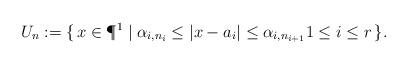
LaTeX: \begin{align*} U_n:= \lbrace \, x \in \P^1 \mid \alpha_{i, n_i} \leq \lvert x-a_i \rvert \leq \alpha_{i,n_{i+1}} 1 \leq i \leq r \, \rbrace. \end{align*}